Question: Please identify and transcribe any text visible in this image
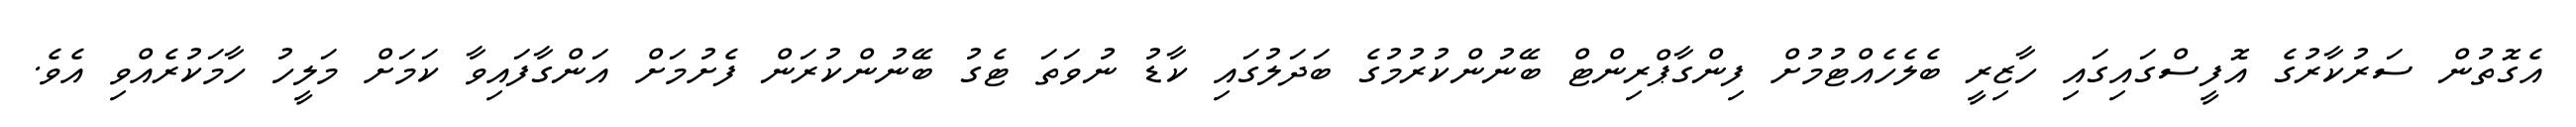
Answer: އެގޮތުން ސަރުކާރުގެ އޮފީސްގައިގައި ހާޒިރީ ބެލެހެއްޓުމުށް ފިންގާޕްރިންޓް ބޭނުންކުރުމުގެ ބަދަލުގައި ކާޑު ނުވަތަ ޓެގު ބޭނުންކުރަން ފެށުމަށް އަންގާފައިވާ ކަމަށް މަލީހު ހާމަކުރެއްވި އެވެ.